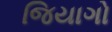
જિયાગો